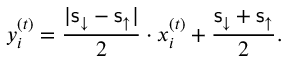
y _ { i } ^ { ( t ) } = \frac { | \mathsf { s } _ { \downarrow } - \mathsf { s } _ { \uparrow } | } { 2 } \cdot x _ { i } ^ { ( t ) } + \frac { \mathsf { s } _ { \downarrow } + \mathsf { s } _ { \uparrow } } { 2 } .